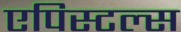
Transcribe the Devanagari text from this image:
एपिस्टल्स